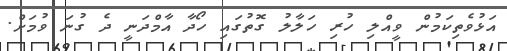
އަޅުވެތިކަމުން ވީއްލި ހުރި ހަލާލު ގޮތުގައި ހޯދާ އާމްދަނީ ދެ ގުނަ ވުމަށް.